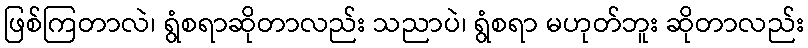
ဖြစ်ကြတာလဲ၊ ရွံစရာဆိုတာလည်း သညာပဲ၊ ရွံစရာ မဟုတ်ဘူး ဆိုတာလည်း